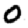
Digit: 0